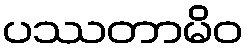
ပဿတာမိဝ